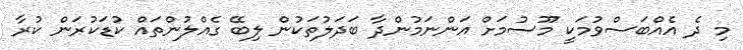
މި ދެ އެއްބަސްވުމަކީ މޫސުމަށް އަންނަމުންދާ ބަދަލުތަކުން ލިބޭ ގެއްލުންތައް ކުޑަކުރަން ކުރާ